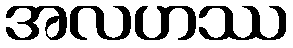
အလဟဿ